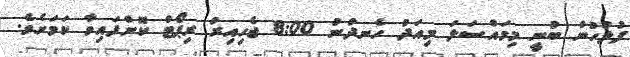
ފުލުހުން ބުނީ މިމައްސަލަ މިއަދު ހެނދުނު 8:00 ޖެހިއިރު ރިޕޯޓް ކޮށްފައިވާ ކަމަށެވެ.